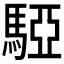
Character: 𩤃